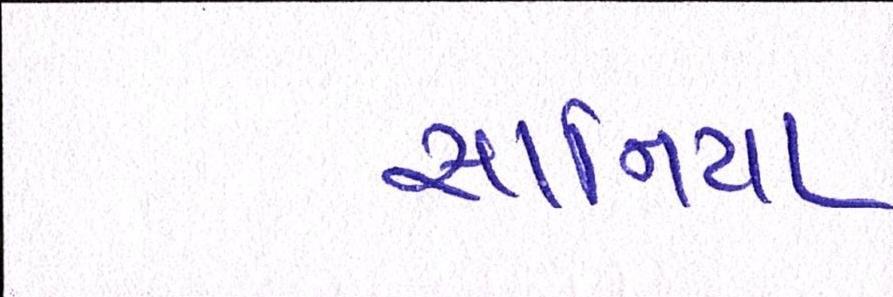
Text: સાનિયા